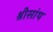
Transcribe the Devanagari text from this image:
श्रीसांथ